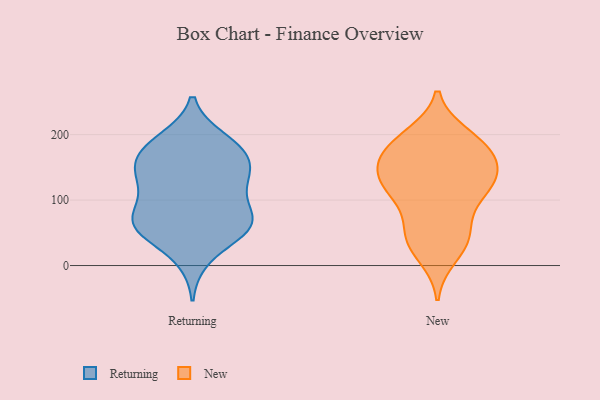
{"axis": {"x": "Backlog", "y": "Value"}, "legend": ["New", "Returning"], "data": [{"x": "", "y": 68, "type": "Returning"}, {"x": "", "y": 192, "type": "Returning"}, {"x": "", "y": 142, "type": "Returning"}, {"x": "", "y": 169, "type": "Returning"}, {"x": "", "y": 61, "type": "Returning"}, {"x": "", "y": 65, "type": "Returning"}, {"x": "", "y": 176, "type": "Returning"}, {"x": "", "y": 12, "type": "Returning"}, {"x": "", "y": 119, "type": "Returning"}, {"x": "", "y": 60, "type": "Returning"}, {"x": "", "y": 52, "type": "Returning"}, {"x": "", "y": 162, "type": "Returning"}, {"x": "", "y": 126, "type": "Returning"}, {"x": "", "y": 118, "type": "Returning"}, {"x": "", "y": 65, "type": "Returning"}, {"x": "", "y": 188, "type": "Returning"}, {"x": "", "y": 150, "type": "Returning"}, {"x": "", "y": 75, "type": "Returning"}, {"x": "", "y": 198, "type": "New"}, {"x": "", "y": 119, "type": "New"}, {"x": "", "y": 36, "type": "New"}, {"x": "", "y": 159, "type": "New"}, {"x": "", "y": 179, "type": "New"}, {"x": "", "y": 194, "type": "New"}, {"x": "", "y": 131, "type": "New"}, {"x": "", "y": 141, "type": "New"}, {"x": "", "y": 15, "type": "New"}, {"x": "", "y": 44, "type": "New"}, {"x": "", "y": 178, "type": "New"}, {"x": "", "y": 44, "type": "New"}, {"x": "", "y": 138, "type": "New"}, {"x": "", "y": 155, "type": "New"}, {"x": "", "y": 103, "type": "New"}, {"x": "", "y": 118, "type": "New"}, {"x": "", "y": 182, "type": "New"}, {"x": "", "y": 110, "type": "New"}, {"x": "", "y": 58, "type": "New"}]}